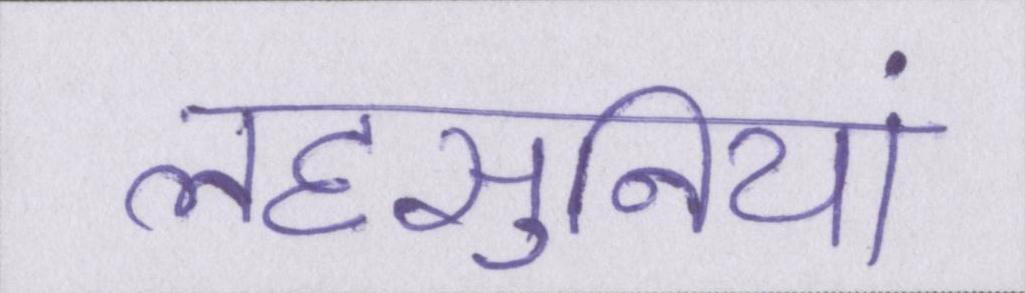
लहसुनियां